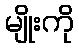
မျိုးကို